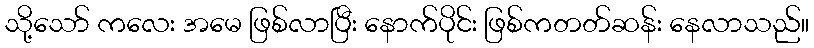
သို့သော် ကလေး အမေ ဖြစ်လာပြီး နောက်ပိုင်း ဖြစ်ကတတ်ဆန်း နေလာသည်။